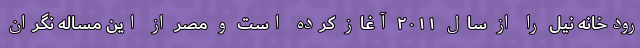
رودخانه نیل را از سال ۲۰۱۱ آغاز کرده است و مصر از این مساله نگران